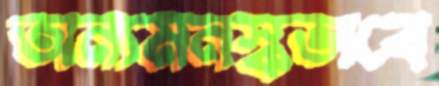
অন্যমনস্কভাবে